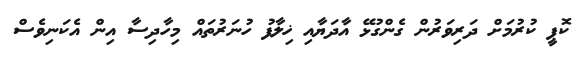
ކޮޕީ ކުރުމަށް ދަރިވަރުން ގެންގުޅޭ އާދަޔާއި ޚިލާފު ހުނަރުތައް މިހާދިސާ އިން އެކަނިވެސް